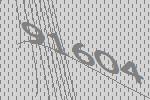
91604